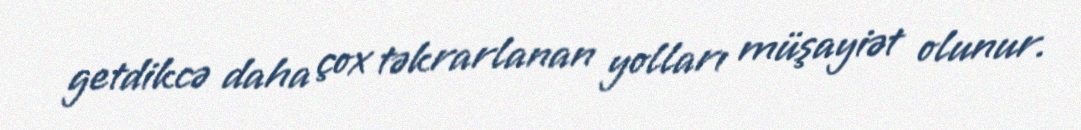
getdikcə daha çox təkrarlanan yolları müşayiət olunur.